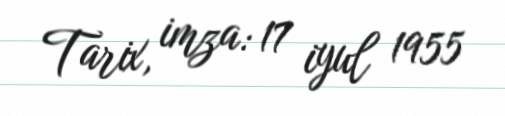
Tarix, imza: 17 iyul 1955